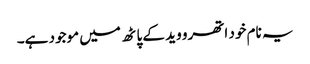
یہ نام خود اتھرو وید کے پاٹھ میں موجود ہے۔